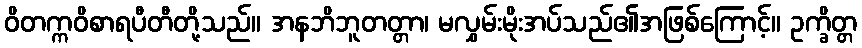
ဝိတက္ကဝိစာရပီတီတို့သည်။ အနဘိဘူတတ္တာ၊ မလွှမ်းမိုးအပ်သည်၏အဖြစ်ကြောင့်။ ဥက္ခိတ္တ